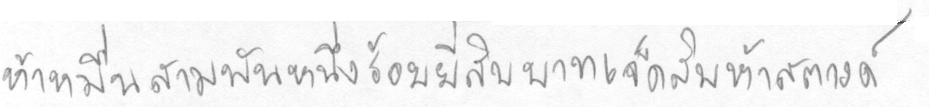
ห้าหมื่นสามพันหนึ่งร้อยยี่สิบบาทเจ็ดสิบห้าสตางค์